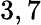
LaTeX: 3,7